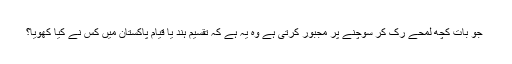
⁠⁠⁠⁠⁠ جو بات کچھ لمحے رک کر سوچنے پر مجبور کرتی ہے وہ یہ ہے کہ تقسیم ہند یا قیام پاکستان میں کس نے کیا کھویا؟